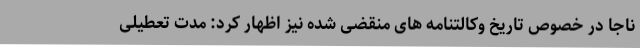
ناجا در خصوص تاریخ وکالتنامه های منقضی شده نیز اظهار کرد: مدت تعطیلی